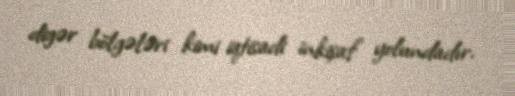
digər bölgələri kimi iqtisadi inkişaf yolundadır.